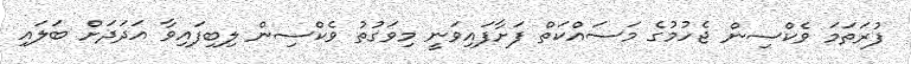
ފުރަތަމަ ވެކްސިން ޖެހުމުގެ މަސައްކަތް ފަށާފައިވަނީ މިވަގުތު ވެކްސިން ލިބިފައިވާ އަދަދަށް ބަލައި